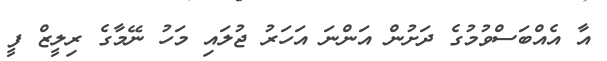
އާ އެއްބަސްވުމުގެ ދަށުން އަންނަ އަހަރު ޖުލައި މަހު ނޭމާގެ ރިލީޒް ފީ